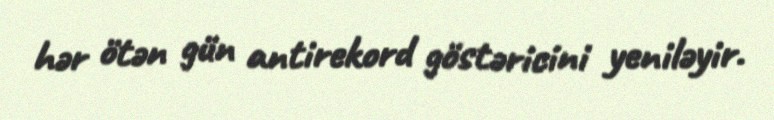
hər ötən gün antirekord göstəricini yeniləyir.